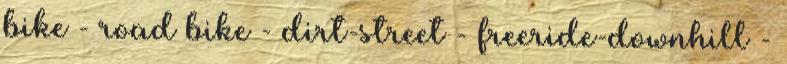
bike - road bike - dirt-street - freeride-downhill -